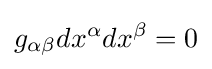
g_{\alpha \beta }dx^{\alpha }dx^{\beta }=0